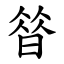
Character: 㫺